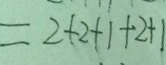
= 2 + 2 + 1 + 2 + 1